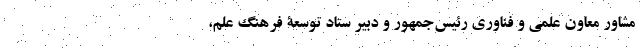
مشاور معاون علمی و فنّاوری رئیس‌جمهور و دبیر ستاد توسعۀ فرهنگ علم،